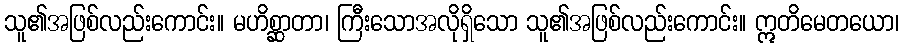
သူ၏အဖြစ်လည်းကောင်း။ မဟိစ္ဆာတာ၊ ကြီးသောအလိုရှိသော သူ၏အဖြစ်လည်းကောင်း။ ဣတိမေတယော၊